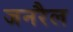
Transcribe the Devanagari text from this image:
जनरैल